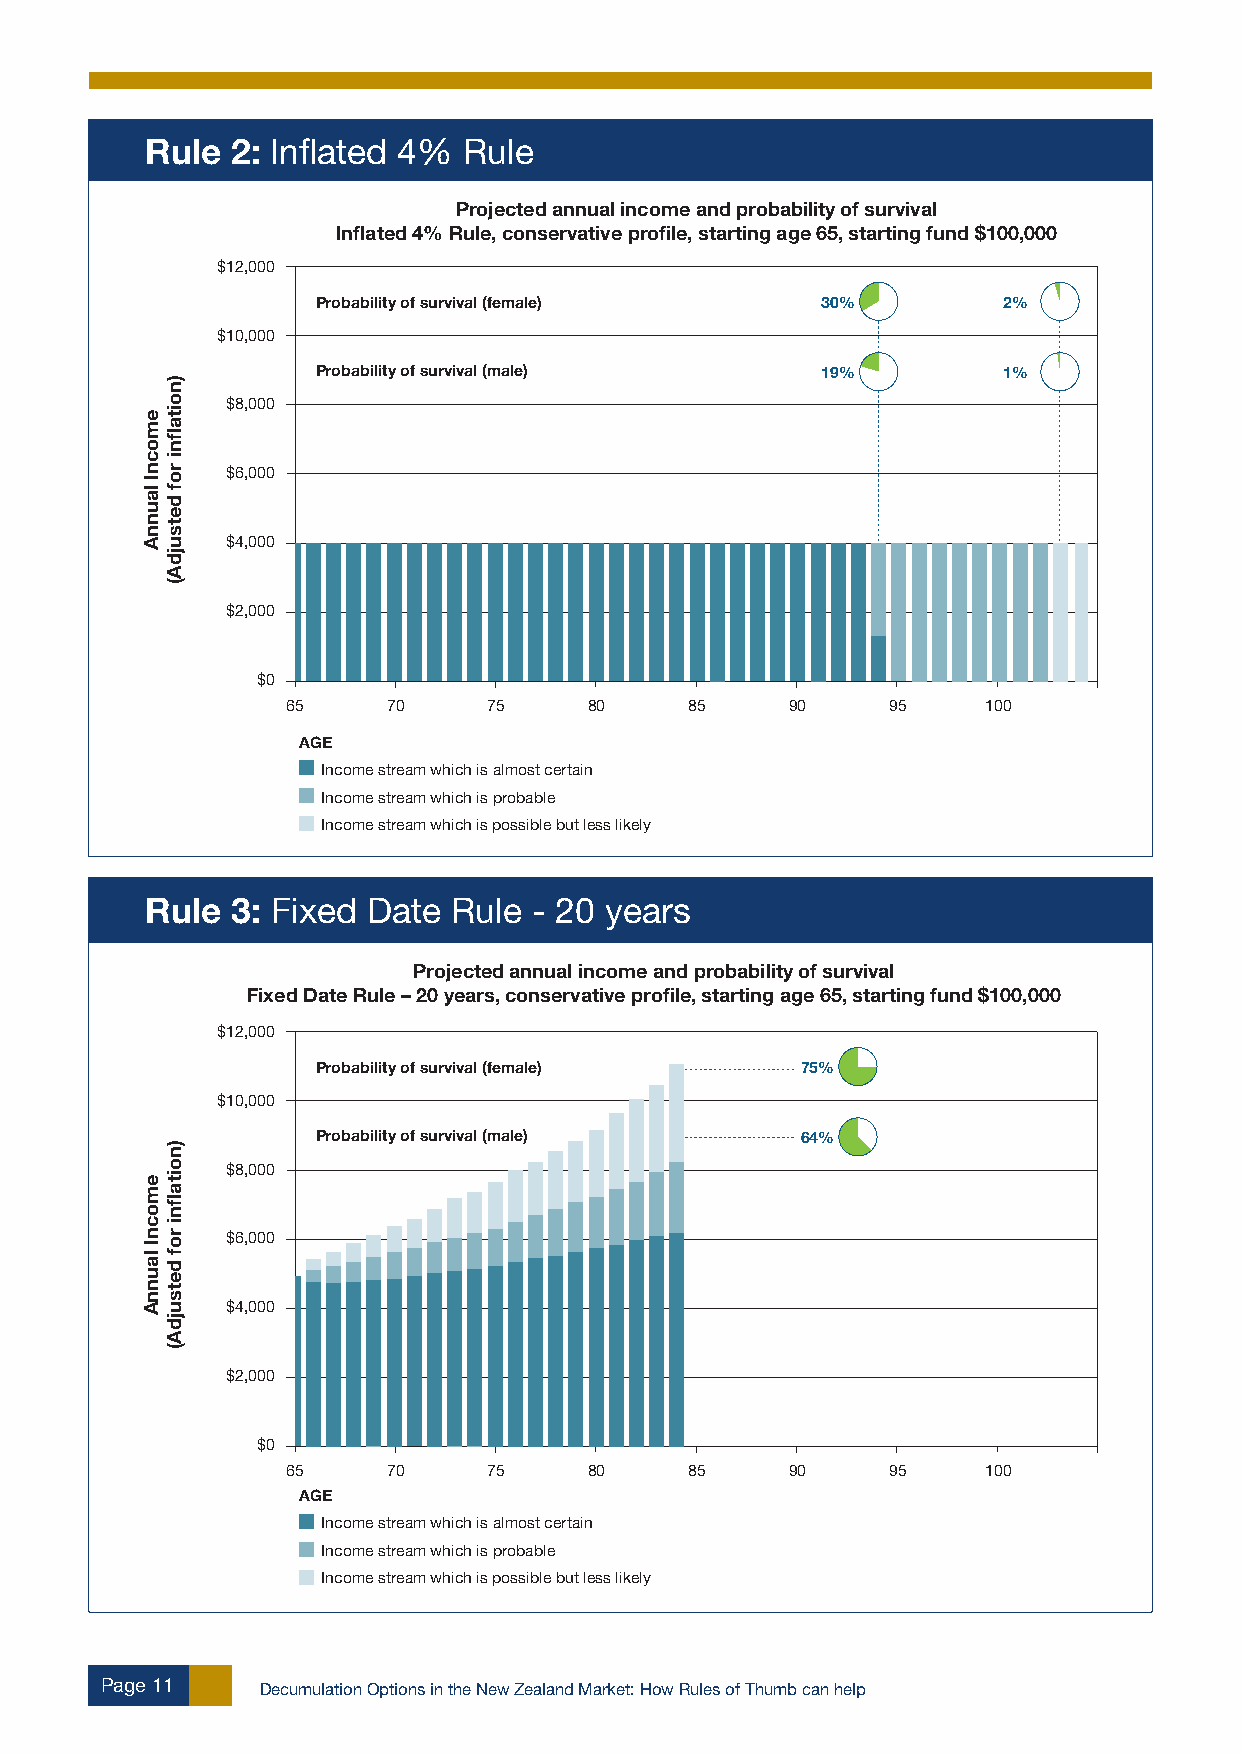
Rule 2: Inflated 4%  Rule
 Projected annual income and probability of survival
 Inflated 4% Rule, conservative profile, starting age 65, starting fund $100,000
 $12,000
 Probability of survival (female) 30%         2%
 $10,000
 Probability of survival (male)   19%         1%
 $8,000
 $6,000
 $4,000
 $2,000
 $0
 65     70    75     80     85    90     95    100
 AGE
 Income stream which is almost certain
 Income stream which is probable
 Income stream which is possible but less likely
 Rule 3: Fixed Date  Rule - 20 years
 Projected annual income and probability of survival
 Fixed Date Rule – 20 years, conservative profile, starting age 65, starting fund $100,000
 $12,000
 Probability of survival (female) 75%
 $10,000
 Probability of survival (male)  64%
 $8,000
 $6,000
 $4,000
 $2,000
 $0
 65     70    75     80     85    90     95    100
 AGE
 Income stream which is almost certain
 Income stream which is probable
 Income stream which is possible but less likely
 Page 11   Decumulation Options in the New Zealand Market: How Rules of Thumb can help
 emocnI
 launnA
 emocnI
 launnA
 )noitaflni
 rof
 detsujdA(
 )noitaflni
 rof
 detsujdA(